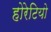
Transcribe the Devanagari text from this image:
होरेटियो